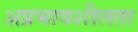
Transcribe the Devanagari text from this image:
अप्रभावशीलता